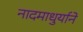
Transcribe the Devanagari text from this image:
नादमाधुर्याने